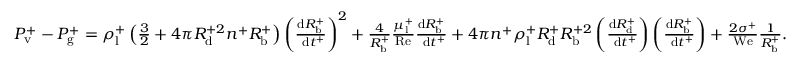
\begin{array} { r } { P _ { \mathrm { v } } ^ { + } - P _ { \mathrm { g } } ^ { + } = \rho _ { \mathrm { l } } ^ { + } \left( \frac { 3 } { 2 } + 4 \pi R _ { \mathrm { d } } ^ { + 2 } n ^ { + } R _ { \mathrm { b } } ^ { + } \right) \left( \frac { \mathrm { d } R _ { \mathrm { b } } ^ { + } } { \mathrm { ~ d } t ^ { + } } \right) ^ { 2 } + \frac { 4 } { R _ { \mathrm { b } } ^ { + } } \frac { \mu _ { \mathrm { l } } ^ { + } } { \mathrm { R e } } \frac { \mathrm { d } R _ { \mathrm { b } } ^ { + } } { \mathrm { ~ d } t ^ { + } } + 4 \pi n ^ { + } \rho _ { \mathrm { l } } ^ { + } R _ { \mathrm { d } } ^ { + } R _ { \mathrm { b } } ^ { + 2 } \left( \frac { \mathrm { d } R _ { \mathrm { d } } ^ { + } } { \mathrm { ~ d } t ^ { + } } \right) \left( \frac { \mathrm { d } R _ { \mathrm { b } } ^ { + } } { \mathrm { ~ d } t ^ { + } } \right) + \frac { 2 \sigma ^ { + } } { \mathrm { W e } } \frac { 1 } { R _ { \mathrm { b } } ^ { + } } . } \end{array}